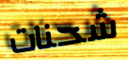
شحنات